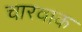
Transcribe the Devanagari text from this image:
चारवाक